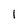
Character: l